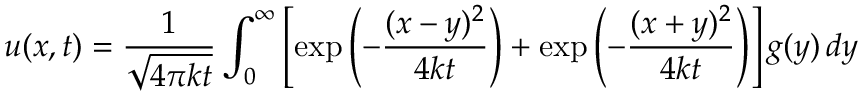
u ( x , t ) = { \frac { 1 } { \sqrt { 4 \pi k t } } } \int _ { 0 } ^ { \infty } \left[ \exp \left( - { \frac { ( x - y ) ^ { 2 } } { 4 k t } } \right) + \exp \left( - { \frac { ( x + y ) ^ { 2 } } { 4 k t } } \right) \right] g ( y ) \, d y